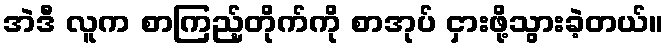
အဲဒီ လူက စာကြည့်တိုက်ကို စာအုပ် ငှားဖို့သွားခဲ့တယ်။